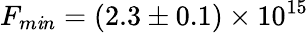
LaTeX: F_{m\mathit{i}n}=(2.3\pm0.1)\times10^{15}